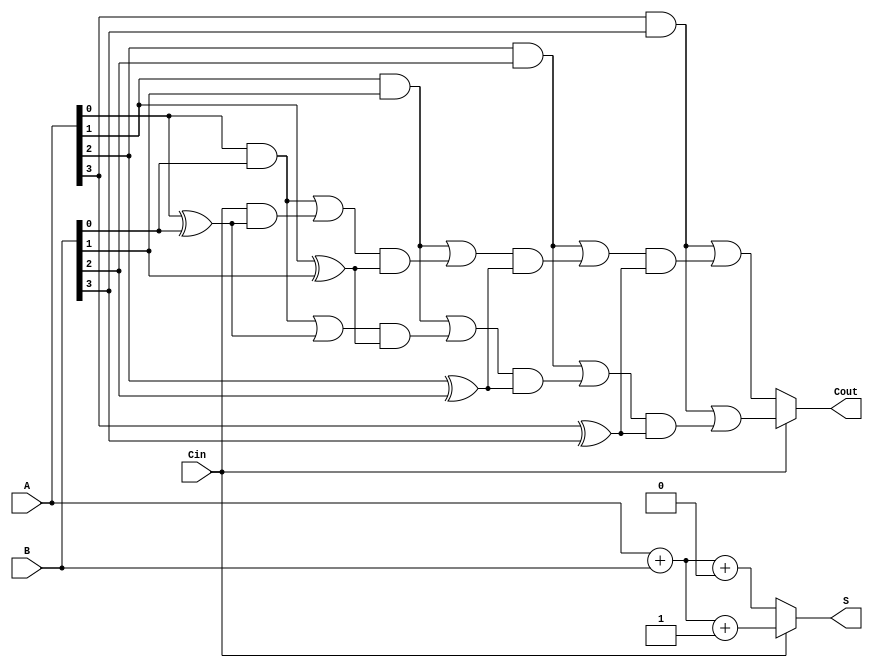
module CCSA (
    input [3:0] A,      // 4-bit input A
    input [3:0] B,      // 4-bit input B
    input Cin,          // Carry-in
    output [3:0] S,     // 4-bit sum output
    output Cout         // Carry-out
);

    wire [3:0] S0, S1;  // Sums for Cin = 0 and Cin = 1
    wire [4:0] C0, C1;  // Carries for Cin = 0 and Cin = 1

    // Level 1: Compute sums and carries for both scenarios
    assign S0 = A + B + 1'b0; // Sum when Cin = 0
    assign S1 = A + B + 1'b1; // Sum when Cin = 1

    assign C0[0] = (A[0] & B[0]) | (Cin & (A[0] ^ B[0]));
    assign C1[0] = (A[0] & B[0]) | (1'b1 & (A[0] ^ B[0]));

    assign C0[1] = (A[1] & B[1]) | (C0[0] & (A[1] ^ B[1]));
    assign C1[1] = (A[1] & B[1]) | (C1[0] & (A[1] ^ B[1]));

    assign C0[2] = (A[2] & B[2]) | (C0[1] & (A[2] ^ B[2]));
    assign C1[2] = (A[2] & B[2]) | (C1[1] & (A[2] ^ B[2]));

    assign C0[3] = (A[3] & B[3]) | (C0[2] & (A[3] ^ B[3]));
    assign C1[3] = (A[3] & B[3]) | (C1[2] & (A[3] ^ B[3]));

    // Level 2: Select the appropriate sum and carry based on Cin
    assign S = Cin ? S1 : S0; // Select sum based on Cin
    assign Cout = Cin ? C1[3] : C0[3]; // Select carry-out based on Cin

endmodule